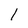
Character: 1